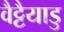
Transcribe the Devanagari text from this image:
वैट्टैयाडु